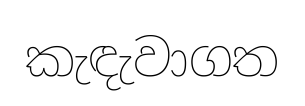
කැඳැවාගත